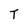
Character: T